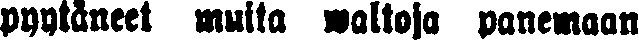
pyytäneet muita waltoja panemaan